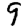
Digit: 9